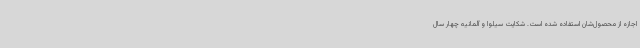
اجازه از محصول‌شان استفاده شده است. شکایت سیلوا و آلمانیه چهار سال